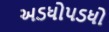
અડધોપડધો